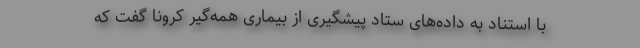
با استناد به داده‌های ستاد پیشگیری از بیماری همه‌گیر کرونا گفت که